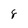
Character: 8